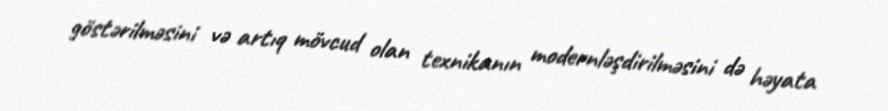
göstərilməsini və artıq mövcud olan texnikanın modernləşdirilməsini də həyata